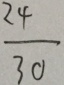
\frac { 2 4 } { 3 0 }